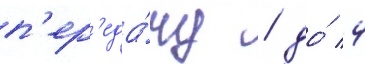
п'ер'еда́чу / до́ 4